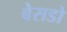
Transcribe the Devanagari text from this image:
बेसडो